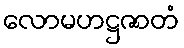
လောမဟဋ္ဌဇာတံ